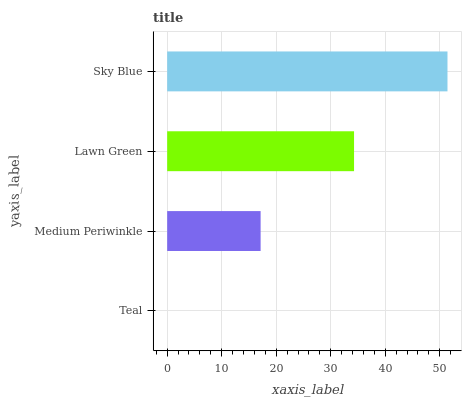
| yaxis_label | bars |
 | --- | --- |
 | Teal | 0 |
 | Medium Periwinkle | 17.1 |
 | Lawn Green | 34.3 |
 | Sky Blue | 51.4 |